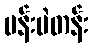
ပန်းပဲတန်း